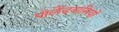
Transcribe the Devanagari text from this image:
पोलैंडवासियों